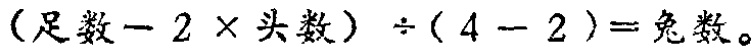
\((足数 - 2\times头数)\div(4 - 2)=兔数\)